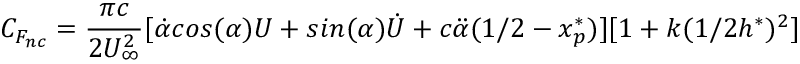
C _ { F _ { n c } } = \frac { \pi c } { 2 U _ { \infty } ^ { 2 } } [ \dot { \alpha } c o s ( \alpha ) U + s i n ( \alpha ) \dot { U } + c \ddot { \alpha } ( 1 / 2 - x _ { p } ^ { * } ) ] [ 1 + k ( 1 / 2 h ^ { * } ) ^ { 2 } ]